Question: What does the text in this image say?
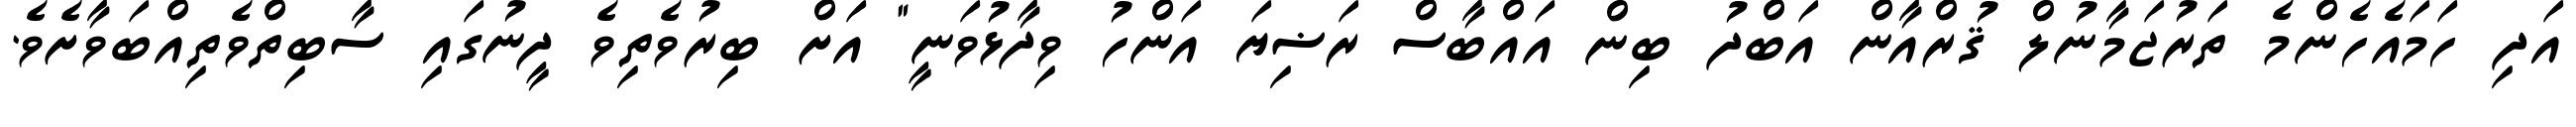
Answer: އަދި ހަމައެހެންމެ ތަރުޖަމާނުލް ޤުރްއާން އަބްދު ބިން އައްބާސް ރަޟިޔަ އަންހު ވިދާޅުވަނީ" އަށް ބިރުވެތިވެ ދީނުގައި ސާބިތްވެތިއްބަވާށެވެ.